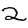
Digit: 2